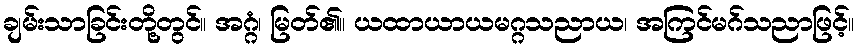
ချမ်းသာခြင်းတို့တွင်။ အဂ္ဂံ၊ မြတ်၏။ ယထာယာယမဂ္ဂသညာယ၊ အကြင်မဂ်သညာဖြင့်။